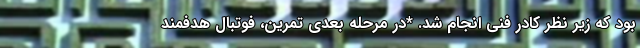
بود که زیر نظر کادر فنی انجام شد. *در مرحله بعدی تمرین، فوتبال هدفمند